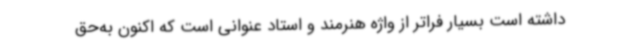
داشته است بسیار فراتر از واژه هنرمند و استاد عنوانی است که اکنون به‌حق